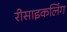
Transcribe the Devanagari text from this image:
रीसाइकलिंग